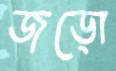
জড়ো